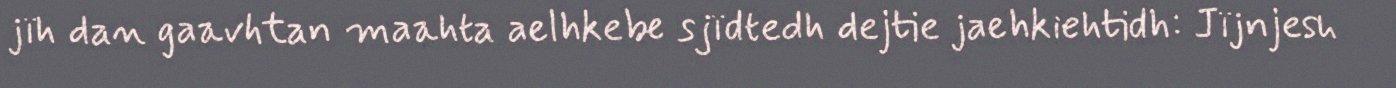
jïh dan gaavhtan maahta aelhkebe sjïdtedh dejtie jaehkiehtidh: Jïjnjesh